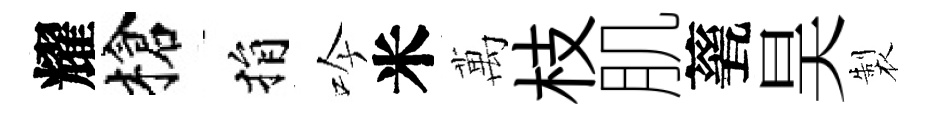
耀槍捐吟米萬枝肌甆昊製